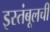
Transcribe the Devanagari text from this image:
इस्तंबूलची